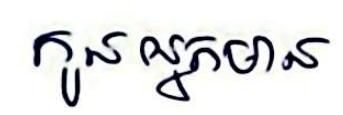
កូនអ្នកមាន